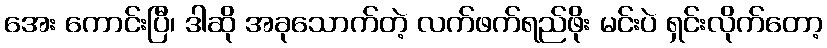
အေး ကောင်းပြီ၊ ဒါဆို အခုသောက်တဲ့ လက်ဖက်ရည်ဖိုး မင်းပဲ ရှင်းလိုက်တော့